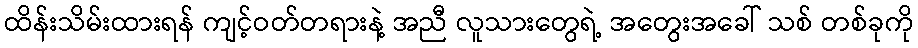
ထိန်းသိမ်းထားရန် ကျင့်ဝတ်တရားနဲ့ အညီ လူသားတွေရဲ့ အတွေးအခေါ် သစ် တစ်ခုကို